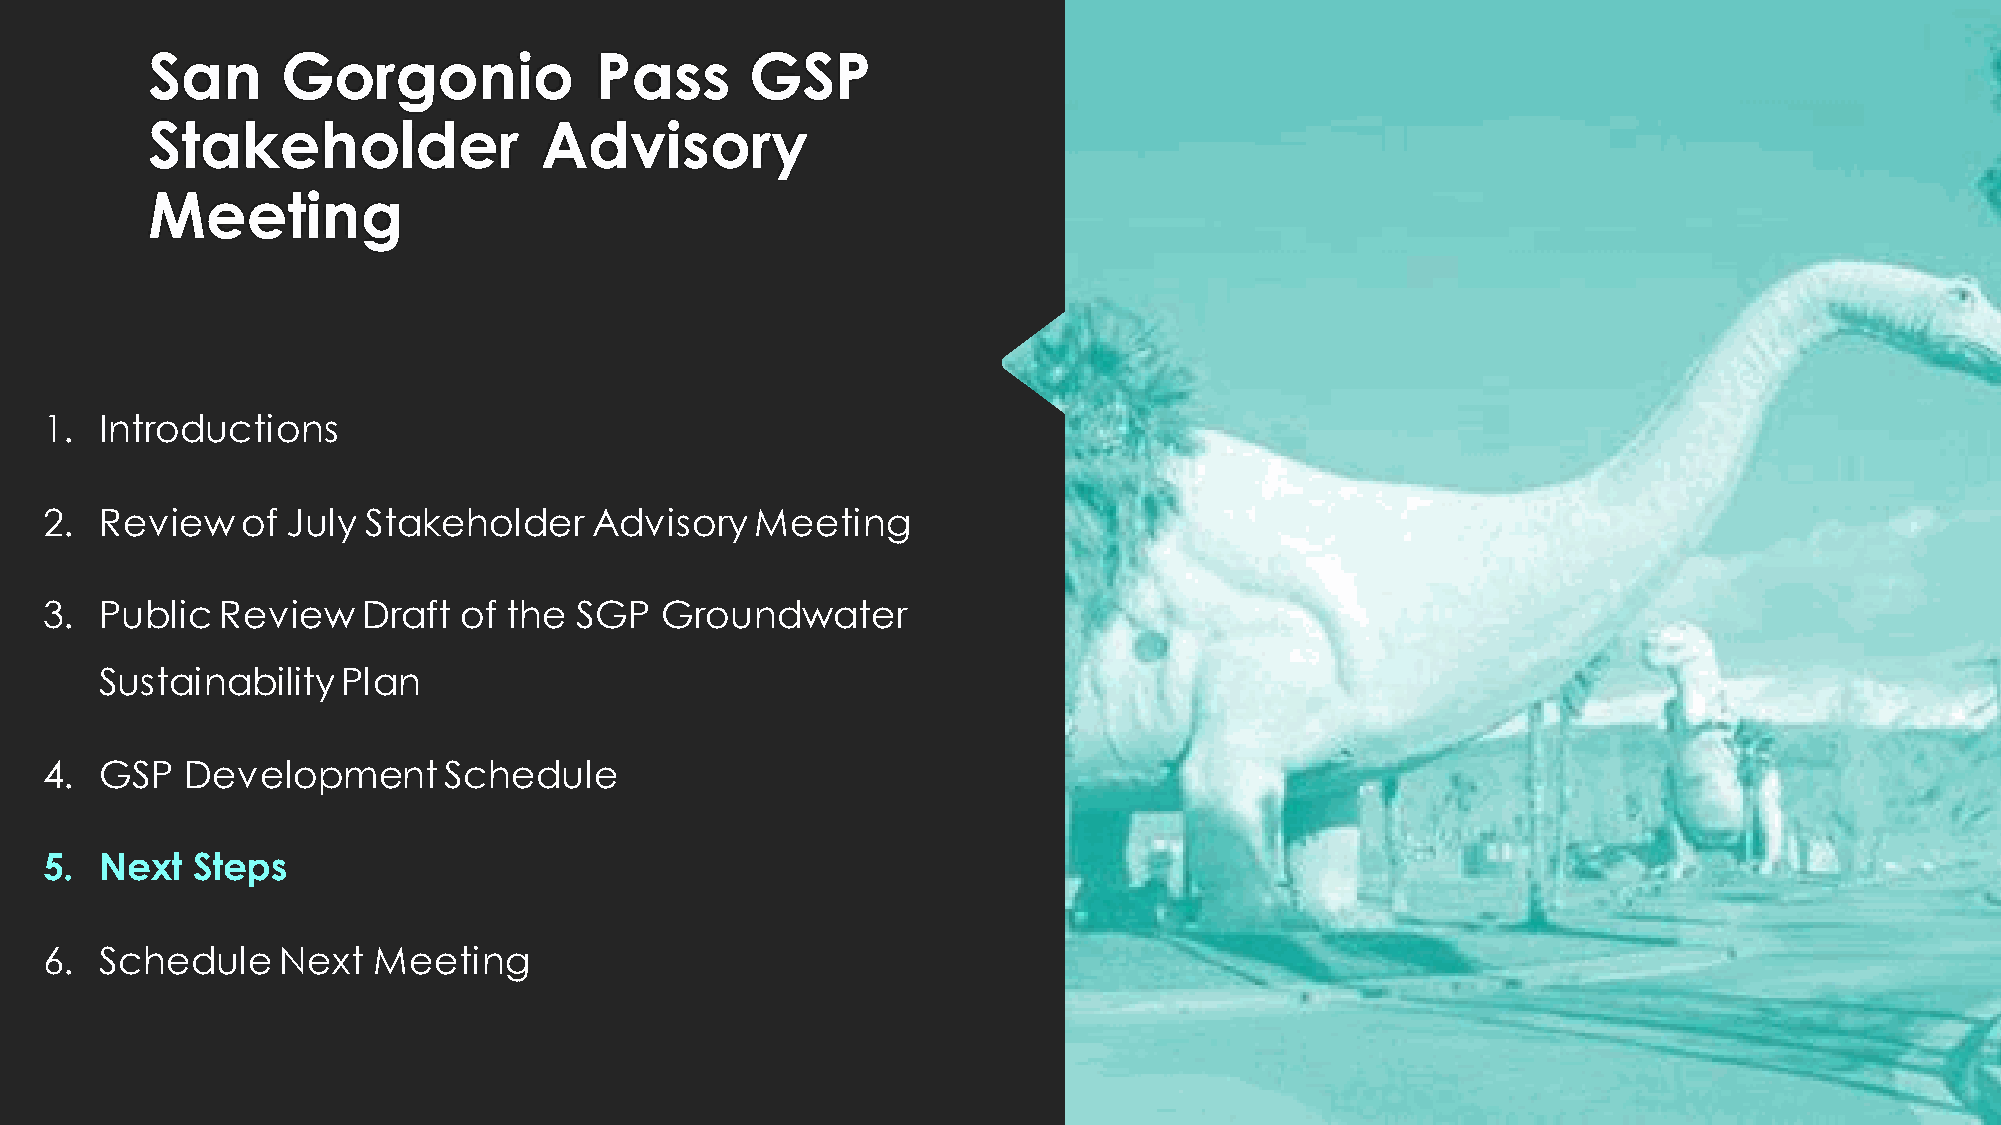
San      Gorgonio            Pass       GSP
 Stakeholder               Advisory
 Meeting
 1.  Introductions
 2.  Review   of July Stakeholder    Advisory   Meeting
 3.  Public  Review   Draft of  the SGP   Groundwater
 Sustainability  Plan
 4.  GSP  Development      Schedule
 5.  Next  Steps
 6.  Schedule    Next  Meeting